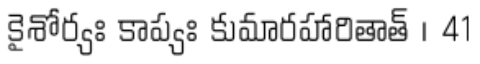
కైశోర్యః కాప్యః కుమారహారితాత్ । 41